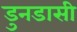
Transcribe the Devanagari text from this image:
डुनडासी